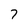
Character: 7